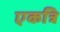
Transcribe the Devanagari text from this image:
एकत्रि